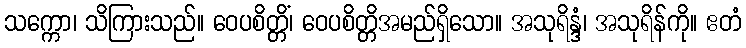
သက္ကော၊ သိကြားသည်။ ဝေပစိတ္တိံ၊ ဝေပစိတ္တိအမည်ရှိသော။ အသုရိန္ဒံ၊ အသုရိန်ကို။ ဧတံ